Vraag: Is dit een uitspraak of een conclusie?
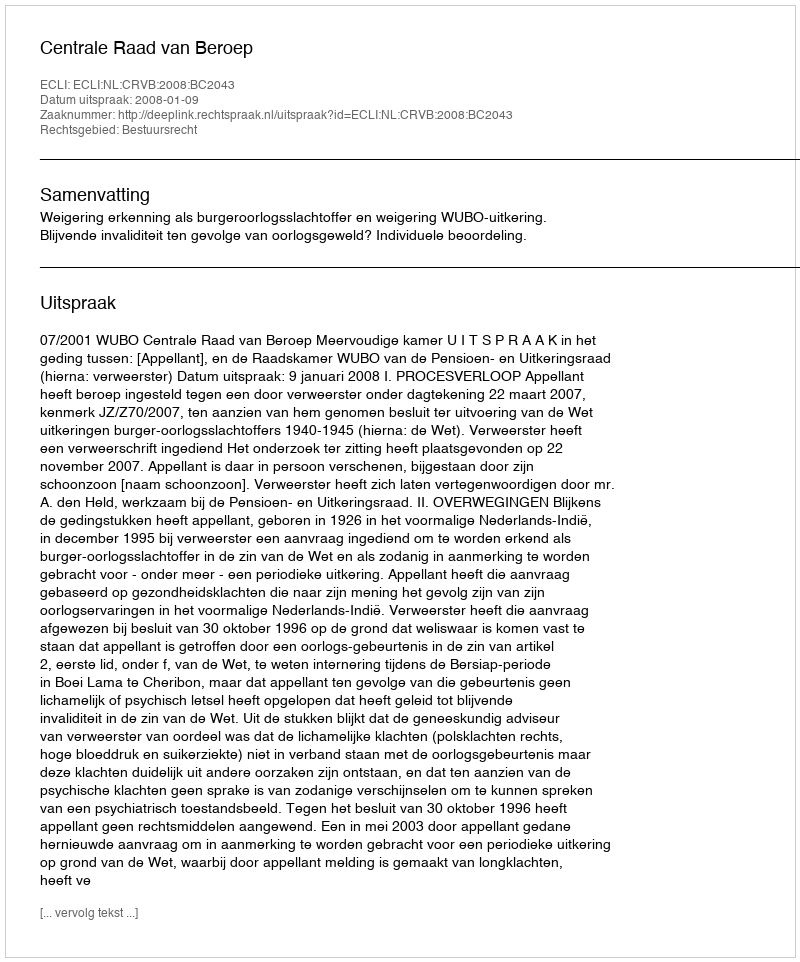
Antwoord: Uitspraak